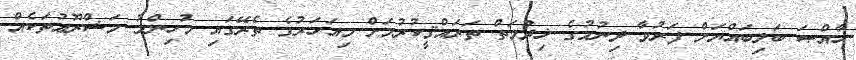
ޚާއްޞަ ބަލިބައްޔަށް ފަރުވާ ދިނުމުގެ ޚިދުމަތް ތަރައްޤީކުރުމަށް މިއަހަރުގެ ތެރޭގައި މުހިންމު މަޝްރޫޢުތަކެއް